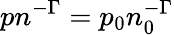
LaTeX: pn^{-\Gamma}=p_{0}n_{0}^{-\Gamma}